Indian journal of veterinary science and animal husbandry - Volume 9,
Year: 1939
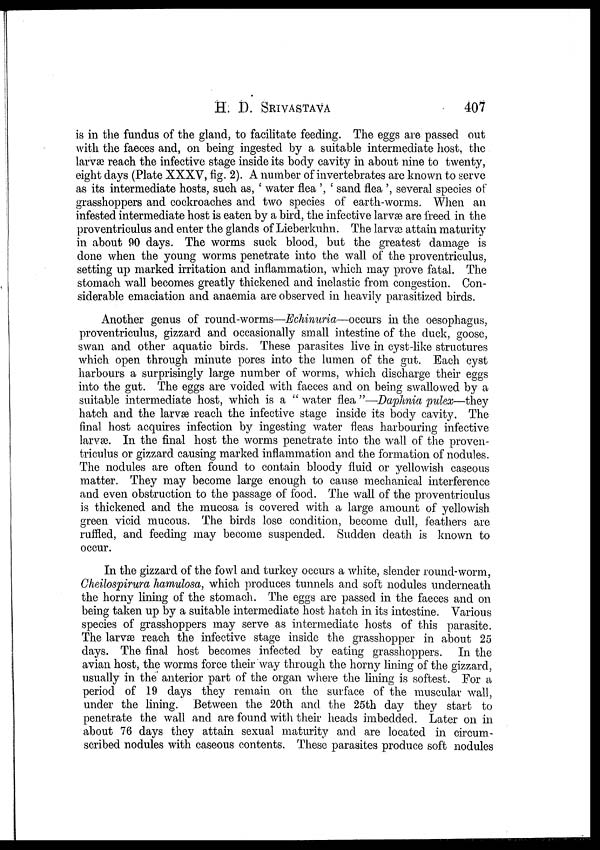
H. D.
SRIVASTAVA
407
is in the fundus of the gland, to facilitate feeding. The eggs are passed out
with the faeces and, on being ingested by a suitable intermediate host, the
larvæ reach the infective stage inside its body cavity in about nine to twenty,
eight days (Plate XXXV, fig. 2). A number of invertebrates are known to serve
as its intermediate hosts, such as, ' water flea ', ' sand flea ', several species of
grasshoppers and cockroaches and two species of earth-worms. When an
infested intermediate host is eaten by a bird, the infective larvæ are freed in the
proventriculus and enter the glands of Lieberkuhn. The larvæ attain maturity
in about 90 days. The worms suck blood, but the greatest damage is
done when the young worms penetrate into the wall of the proventriculus,
setting up marked irritation and inflammation, which may prove fatal. The
stomach wall becomes greatly thickened and inelastic from congestion. Con-
siderable emaciation and anaemia are observed in heavily parasitized birds.
Another genus of round-worms—Echinuria—occurs in the oesophagus,
proventriculus, gizzard and occasionally small intestine of the duck, goose,
swan and other aquatic birds. These parasites live in cyst-like structures
which open through minute pores into the lumen of the gut. Each cyst
harbours a surprisingly large number of worms, which discharge their eggs
into the gut. The eggs are voided with faeces and on being swallowed by a
suitable intermediate host, which is a " water flea "—Daphnia pulex—they
hatch and the larvæ reach the infective stage inside its body cavity. The
final host acquires infection by ingesting water fleas harbouring infective
larvæ. In the final host the worms penetrate into the wall of the proven-
triculus or gizzard causing marked inflammation and the formation of nodules.
The nodules are often found to contain bloody fluid or yellowish caseous
matter. They may become large enough to cause mechanical interference
and even obstruction to the passage of food. The wall of the proventriculus
is thickened and the mucosa is covered with a large amount of yellowish
green vicid mucous. The birds lose condition, become dull, feathers are
ruffled, and feeding may become suspended. Sudden death is known to
occur.
In the gizzard of the fowl and turkey occurs a white, slender round-worm,
Cheilospirura hamulosa, which produces tunnels and soft nodules underneath
the horny lining of the stomach. The eggs are passed in the faeces and on
being taken up by a suitable intermediate host hatch in its intestine. Various
species of grasshoppers may serve as intermediate hosts of this parasite.
The larvæ reach the infective stage inside the grasshopper in about 25
days. The final host becomes infected by eating grasshoppers. In the
avian host, the worms force their way through the horny lining of the gizzard,
usually in the anterior part of the organ where the lining is softest. For a
period of 19 days they remain on the surface of the muscular wall,
under the lining. Between the 20th and the 25th day they start to
penetrate the wall and are found with their heads imbedded. Later on in
about 76 days they attain sexual maturity and are located in circum-
scribed nodules with caseous contents. These parasites produce soft nodules